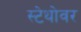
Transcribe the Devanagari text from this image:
स्टेथोवर